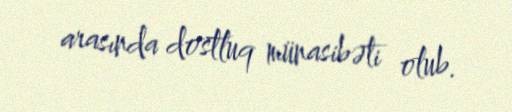
arasında dostluq münasibəti olub.